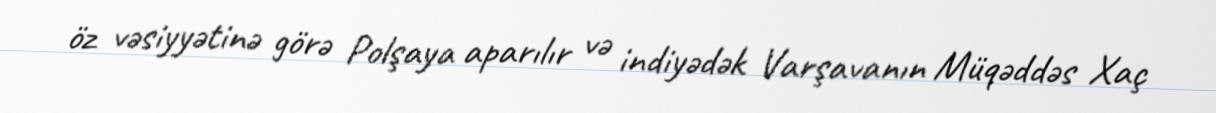
öz vəsiyyətinə görə Polşaya aparılır və indiyədək Varşavanın Müqəddəs Xaç